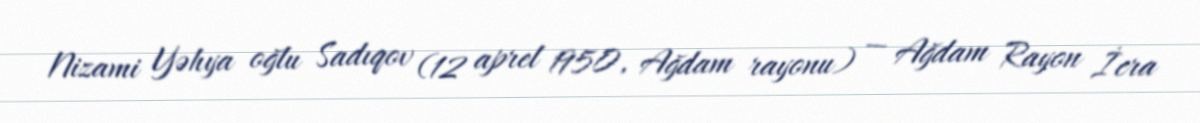
Nizami Yəhya oğlu Sadıqov (12 aprel 1950, Ağdam rayonu) — Ağdam Rayon İcra